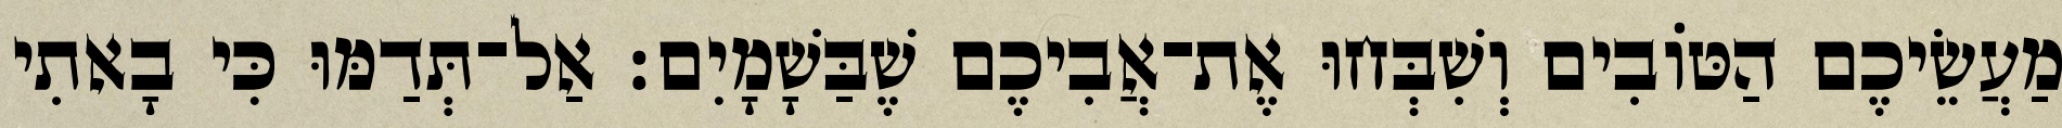
מַעֲשֵׂיכֶם הַטּוֹבִים וְשִׁבְּחוּ אֶת־אֲבִיכֶם שֶׁבַּשָׁמָיִם׃ אַל־תְּדַמּוּ כִּי בָאתִי